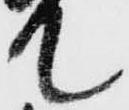
て